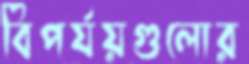
বিপর্যয়গুলোর